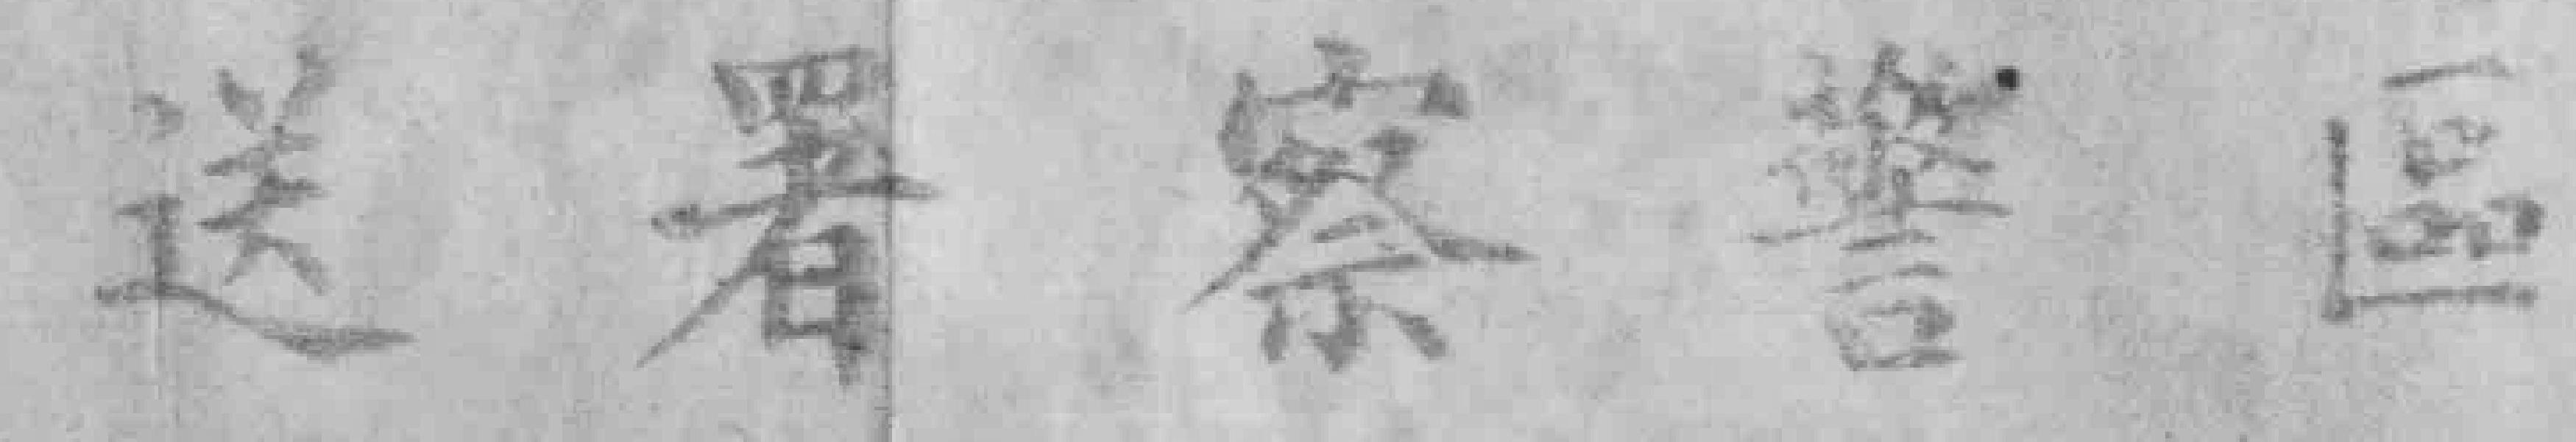
送署察警區